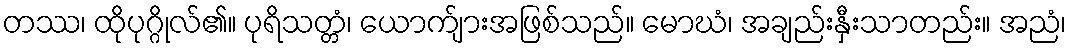
တဿ၊ ထိုပုဂ္ဂိုလ်၏။ ပုရိသတ္တံ၊ ယောက်ျားအဖြစ်သည်။ မောဃံ၊ အချည်းနှီးသာတည်း။ အညံ၊